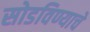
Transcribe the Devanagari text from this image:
सोडविण्याचे